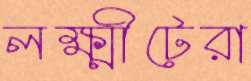
লক্ষ্মীটেরা